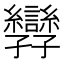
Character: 㝈